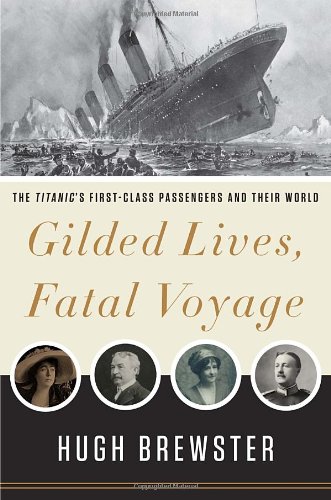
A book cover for Gilded Lives, Fatal Voyage: The Titanic's First-Class Passengers and Their World; Hugh Brewster; Travel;